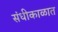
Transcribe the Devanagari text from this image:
संधीकाळात